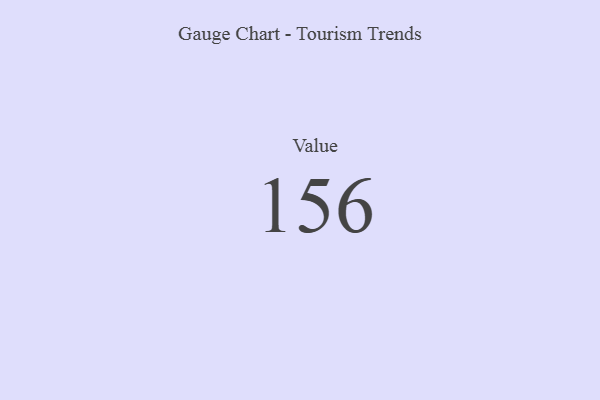
{"axis": {"x": "Metric", "y": "Value"}, "legend": [""], "data": [{"x": "Value", "y": 156, "type": ""}]}